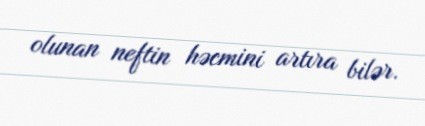
olunan neftin həcmini artıra bilər.